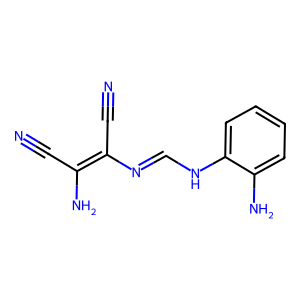
SMILES: N#CC(N)=C(C#N)N=CNc1ccccc1N
Inhibits HIV replication: No